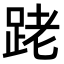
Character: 𨀼